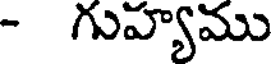
- గువ్యాము